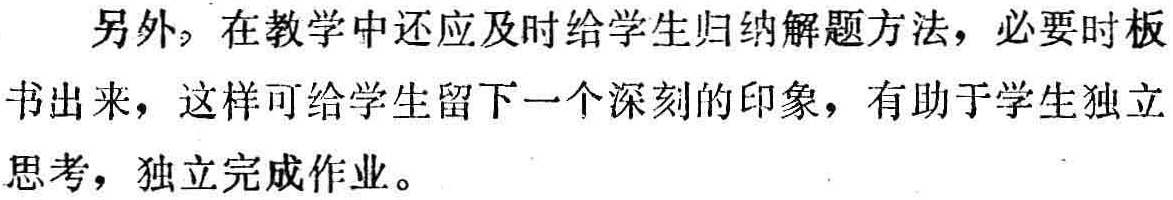
另外，在教学中还应及时给学生归纳解题方法，必要时板书出来，这样可给学生留下一个深刻的印象，有助于学生独立思考，独立完成作业。